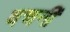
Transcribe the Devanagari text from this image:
वचनीं